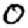
Digit: 0